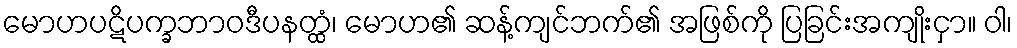
မောဟပဋိပက္ခဘာဝဒီပနတ္ထံ၊ မောဟ၏ ဆန့်ကျင်ဘက်၏ အဖြစ်ကို ပြခြင်းအကျိုးငှာ။ ဝါ၊